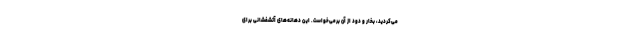
می‌کردید، بخار و دود از آن برمی‌خواست. این دهانه‌های آتشفشانی برای